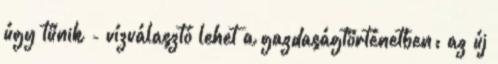
úgy tűnik - vízválasztó lehet a gazdaságtörténetben: az új